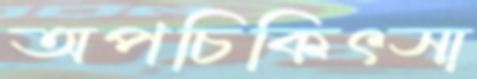
অপচিকিৎসা